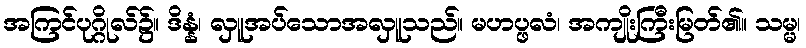
အကြင်ပုဂ္ဂိုလ်၌။ ဒိန္နံ၊ လှူအပ်သောအလှူသည်။ မဟပ္ဖလံ၊ အကျိုးကြီးမြတ်၏။ သမ္မ၊